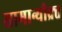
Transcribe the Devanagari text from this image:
सामान्यीक्र्त